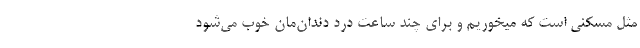
مثل مُسکنی است که میخوریم و برای چند ساعت درد دندان‌مان خوب می‌شود